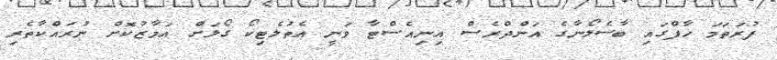
ފުރަތަމަ ހާފްގައި ބާސެލޯނާގެ އަންދްރެސް އިނިއެސްޓާ ވަނީ އެތުލެޓިކޯ ގޯލަށް އަމާޒުކޮށް ނުރައްކާތެރި